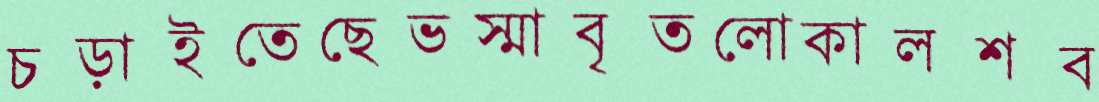
চড়াইতেছেভস্মাবৃতলোকালশব